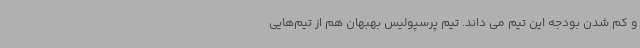
و کم شدن بودجه این تیم می داند. تیم پرسپولیس بهبهان هم از تیم‌هایی